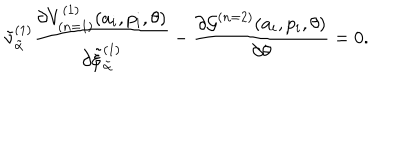
{ \tilde { \nu } } _ { \tilde { \alpha } } ^ { ( 1 ) } \frac { \partial V _ { ( n = 1 ) } ^ { ( 1 ) } ( a _ { i } , p _ { i } , \theta ) } { \partial { \tilde { \xi } } _ { \tilde { \alpha } } ^ { ( 1 ) } } - \frac { \partial { \cal G } ^ { ( n = 2 ) } ( a _ { i } , p _ { i } , \theta ) } { \partial \theta } = 0 .